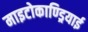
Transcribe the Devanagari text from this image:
माइटोकाण्ड्रियाई